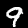
Label: 9